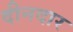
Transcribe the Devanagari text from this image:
दीनदार